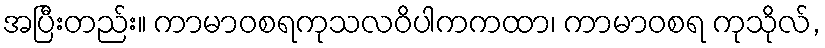
အပြီးတည်း။ ကာမာဝစရကုသလဝိပါကကထာ၊ ကာမာဝစရ ကုသိုလ်,